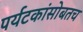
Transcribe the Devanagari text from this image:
पर्यटकांसोबतच